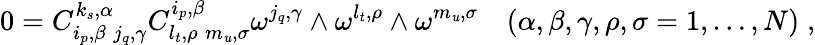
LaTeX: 0=C_{i_{p},\beta\; j_{q},\gamma}^{k_{s},\alpha}C_{l_{t},\rho\; m_{\mathit{u}},\sigma}^{i_{p},\beta}\omega^{j_{q},\gamma}\wedge\omega^{l_{t},\rho}\wedge\omega^{m_{\mathit{u}},\sigma}\quad(\alpha,\beta,\gamma,\rho,\sigma=1,\ldots,N)\; ,